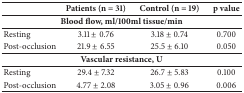
<table><thead><tr><td><b> </b></td><td><b>Patients (n = 31)</b></td><td><b>Control (n = 19)</b></td><td><b>p value</b></td></tr></thead><tbody><tr><td colspan="4"><b>Blood flow, ml/100ml tissue/min</b></td></tr><tr><td>Resting</td><td>3.11 ± 0.76</td><td>3.18 ± 0.74</td><td>0.700</td></tr><tr><td>Post-occlusion</td><td>21.9 ± 6.55</td><td>25.5 ± 6.10</td><td>0.050</td></tr><tr><td colspan="4"><b>Vascular resistance, U</b></td></tr><tr><td>Resting</td><td>29.4 ± 7.32</td><td>26.7 ± 5.83</td><td>0.100</td></tr><tr><td>Post-occlusion</td><td>4.77 ± 2.08</td><td>3.05 ± 0.96</td><td>0.006</td></tr></tbody></table>